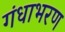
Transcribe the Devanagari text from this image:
गंधाभरण